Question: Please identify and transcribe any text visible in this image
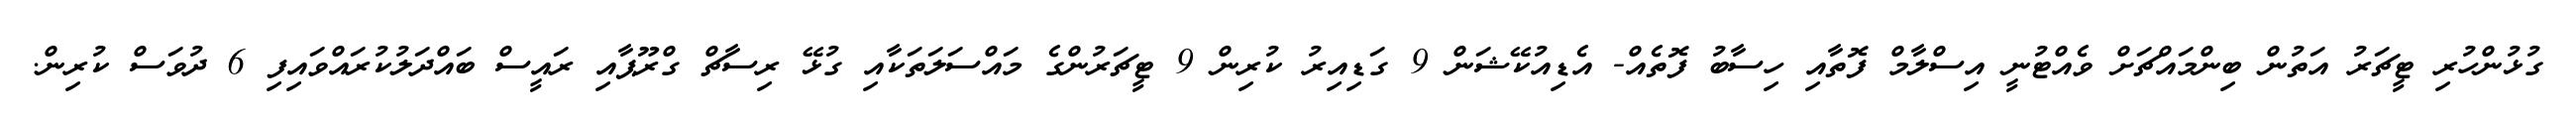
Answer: ގުޅުންހުރި ޓީޗަރު އަތުން ބިންމައްޗަށް ވެއްޓުނީ އިސްލާމް ފޮތާއި ހިސާބު ފޮތެއް- އެޑިއުކޭޝަން 9 ގަޑިއިރު ކުރިން 9 ޓީޗަރުންގެ މައްސަލަތަކާއި ގުޅޭ ރިސާޗް ގްރޫޕާއި ރައީސް ބައްދަލުކުރައްވައިފި 6 ދުވަސް ކުރިން.